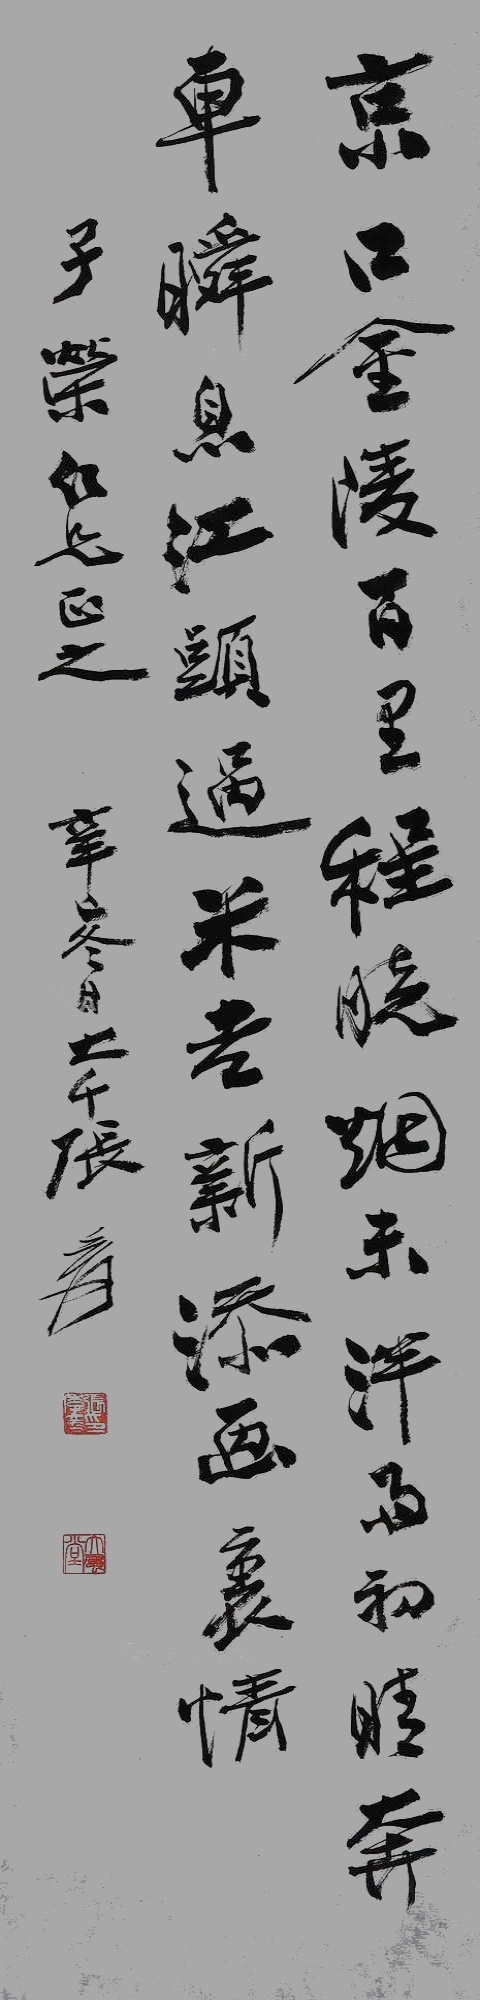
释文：京口金陵百里程，晓烟未泮雨初晴。奔车瞬息江头过，未老新添画里情。子荣仁兄正之。辛巳冬日，大千张爰。